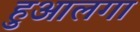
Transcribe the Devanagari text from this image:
हुआलगा